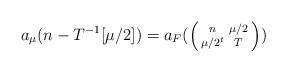
LaTeX: \begin{align*}a_{\mu}(n- T^{-1}[\mu/2]) = a_F(\left(\begin{smallmatrix} n & \mu/2\\\mu/2^t & T\end{smallmatrix} \right) )\end{align*}